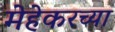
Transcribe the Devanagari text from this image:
मेहेकरच्या